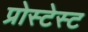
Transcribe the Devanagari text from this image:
प्रोस्टेस्ट